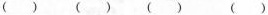
( ) ( ) ( ) ( )